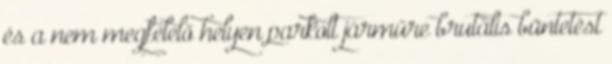
és a nem megfelelő helyen parkolt járműre brutális büntetést